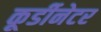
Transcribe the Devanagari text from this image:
कूर्डीनेटर